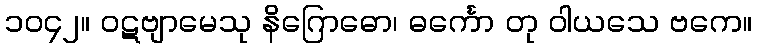
၁၀၄၂။ ဝဋဗျာမေသု နိဂြောဓော၊ ဓင်္ကော တု ဝါယသေ ဗကေ။